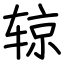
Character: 辌